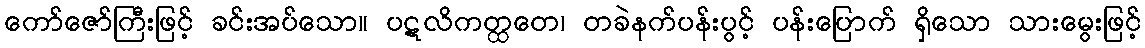
ကော်ဇော်ကြီးဖြင့် ခင်းအပ်သော။ ပဋလိကတ္ထတေ၊ တခဲနက်ပန်းပွင့် ပန်းပြောက် ရှိသော သားမွေးဖြင့်